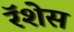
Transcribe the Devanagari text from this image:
रॅशेस